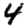
Digit: 4